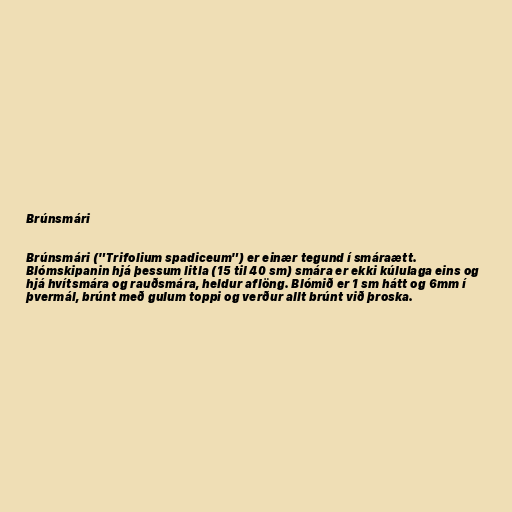
Brúnsmári

Brúnsmári ("Trifolium spadiceum") er einær tegund í smáraætt.
Blómskipanin hjá þessum litla (15 til 40 sm) smára er ekki kúlulaga eins og
hjá hvítsmára og rauðsmára, heldur aflöng. Blómið er 1 sm hátt og 6mm í
þvermál, brúnt með gulum toppi og verður allt brúnt við þroska.